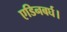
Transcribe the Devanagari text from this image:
एडिनबर्घ।